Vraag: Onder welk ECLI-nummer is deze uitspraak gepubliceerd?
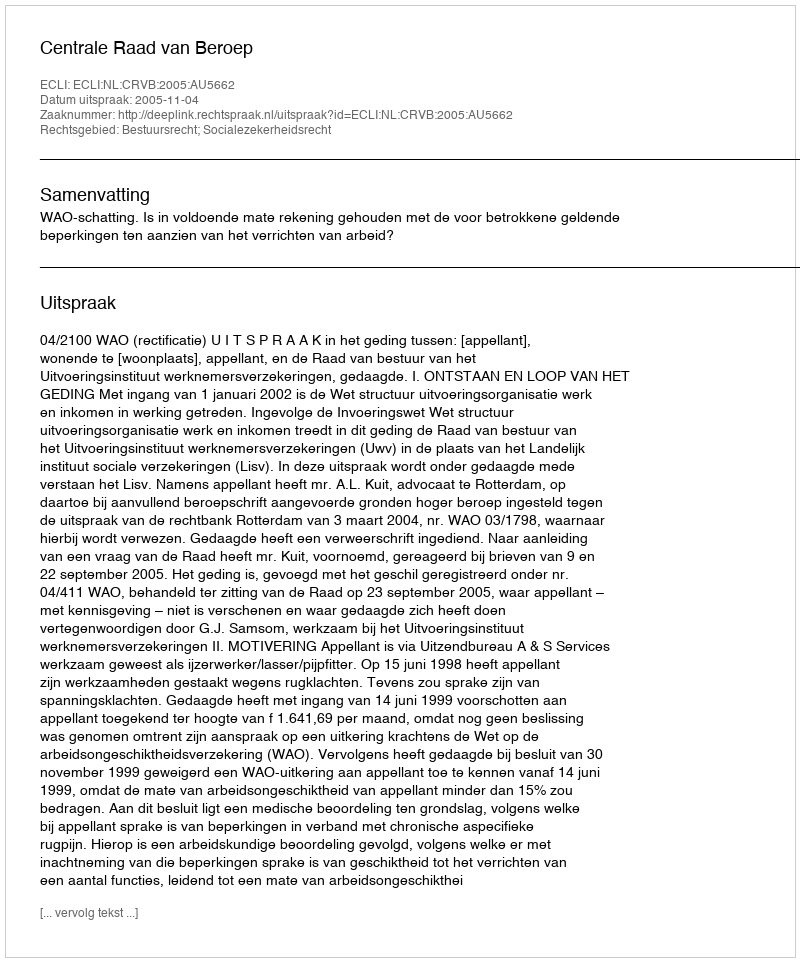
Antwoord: ECLI:NL:CRVB:2005:AU5662